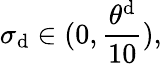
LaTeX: \sigma_{\mathrm{{d}}}\in(0,\frac{\theta^{\mathrm{d}}}{10}),